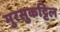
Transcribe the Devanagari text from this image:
मुरसुकट्टिल